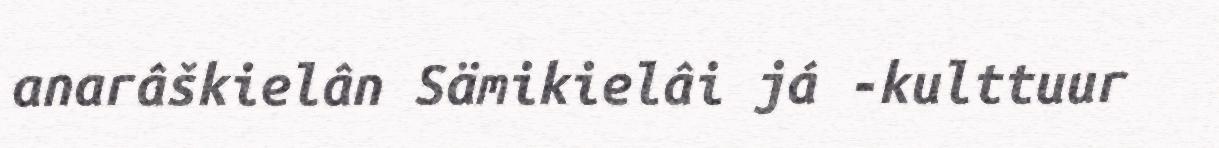
anarâškielân Sämikielâi já -kulttuur